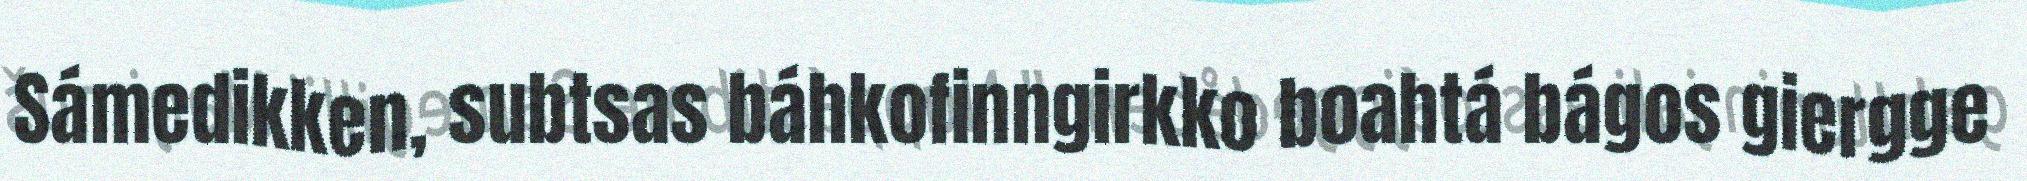
Sámedikken, subtsas báhkofinngirkko boahtá bágos giergge